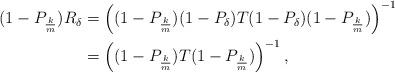
LaTeX: \begin{align*}(1-P_{\frac km})R_\delta&=\left((1-P_{\frac km})(1-P_\delta)T(1-P_\delta)(1-P_{\frac km})\right)^{-1} \\&=\left((1-P_{\frac km})T(1-P_{\frac km})\right)^{-1},\end{align*}